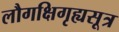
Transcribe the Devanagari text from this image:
लौगक्षिगृह्यसूत्र